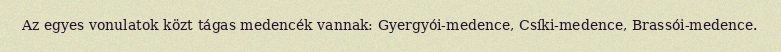
Az egyes vonulatok közt tágas medencék vannak: Gyergyói-medence, Csíki-medence, Brassói-medence.